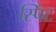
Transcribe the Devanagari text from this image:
स्पिंट